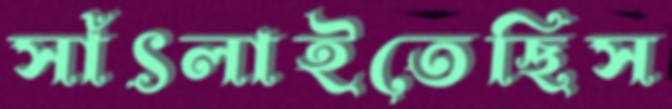
সাঁৎলাইতেছিস